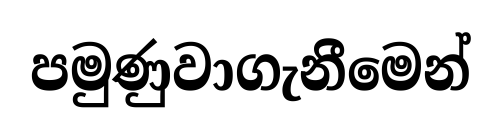
පමුණුවාගැනීමෙන්